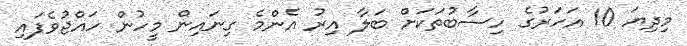
މިދިޔަ 10 އަހަރުގެ ހިސާބުތަކަށް ބަލާ އިރު އެންމެ ގިނައިން މީހުން ހައްޖުވެފައި